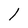
Character: 1